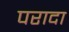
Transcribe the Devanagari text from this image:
परादा